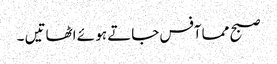
صبح مما آفس جاتے ہو ئے اٹھاتیں ۔